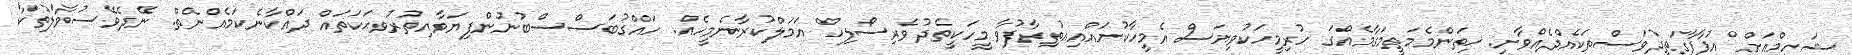
ޝަހީމްއަށް އުފާފާގަތިދުވަސްތަކެއްދެއްވާށި. ޚިތަންމެމަތީމަގާމެއްގަ ހުރިމީހަކުވިޔަސް އެމީހާކުށައްއިއުތިރާފުވާ މީހަކީތެދުވެރިސޯލިހް އަމަލްކުރާނެމީހެއް. ހައްގުބަސްސްބުނުންފިޔަވާއިތުރުވޙަކަތައް ދައްކާނެކަމެއްނެތް. ނޭދެވޭސުވާލުތަކާ